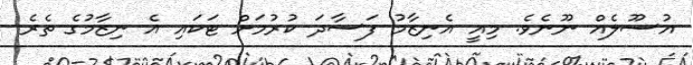
އުސޫލެއް ނޫނެވެ. މިއީ އެނިޒާމު ފަސާދަ ކުރުމަށް ޓަކައި އެ ނިޒާމުގެ ތެރެ